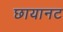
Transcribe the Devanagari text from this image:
छायानट